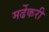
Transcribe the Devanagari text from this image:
मर्ढेकरी